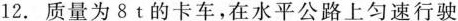
12.质量为8t的卡车，在水平公路上匀速行驶